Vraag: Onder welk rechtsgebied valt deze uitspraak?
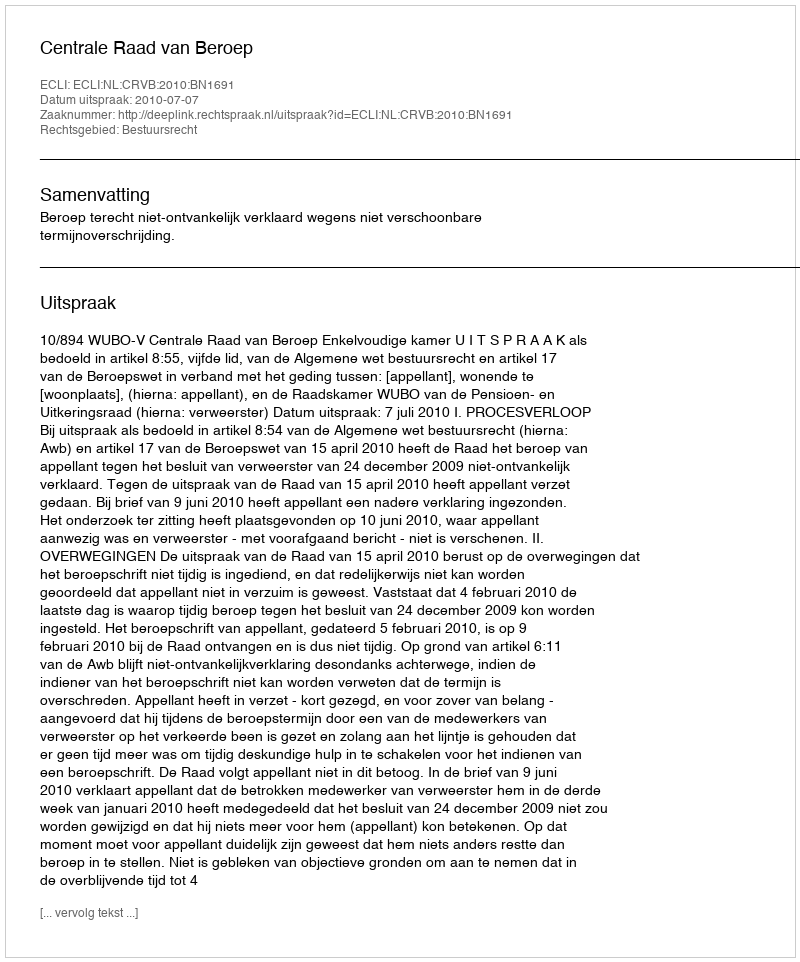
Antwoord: Bestuursrecht